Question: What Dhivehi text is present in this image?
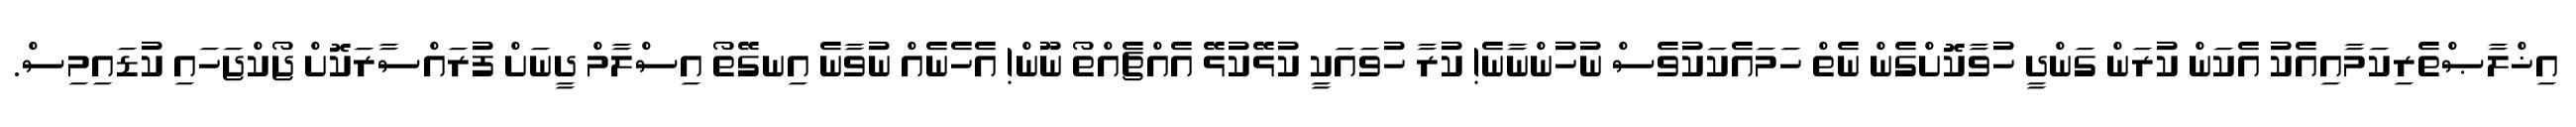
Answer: އިޚްލާޞްތެރިކަމާއިއެކު އެކަން ކުރަން ގަންދީ ހުވާކޮށްގެން ނެތް ހަމައެކަކުވެސް ނުހުންނާނެ! ކުރާ ހުވައަކީ ކުޅޭކުޅޭ އެއްޗެއްތޯ ނޫން! އެހެނެއް ނުވާނެ އިނގޭތޯ އިސްލާމް ދީނަށް ފުރައްސާރަކޮށް ޖޯކްޖަހައި ކުޑައިމިސް.